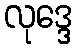
လုဒ္ဒေ